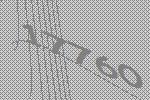
17760